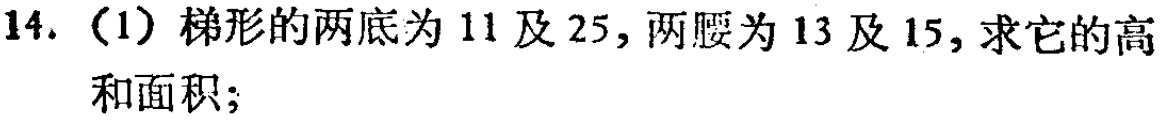
14.（1）梯形的两底为11及25，两腰为13及15，求它的高和面积；